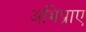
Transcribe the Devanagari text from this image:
अभिप्राए